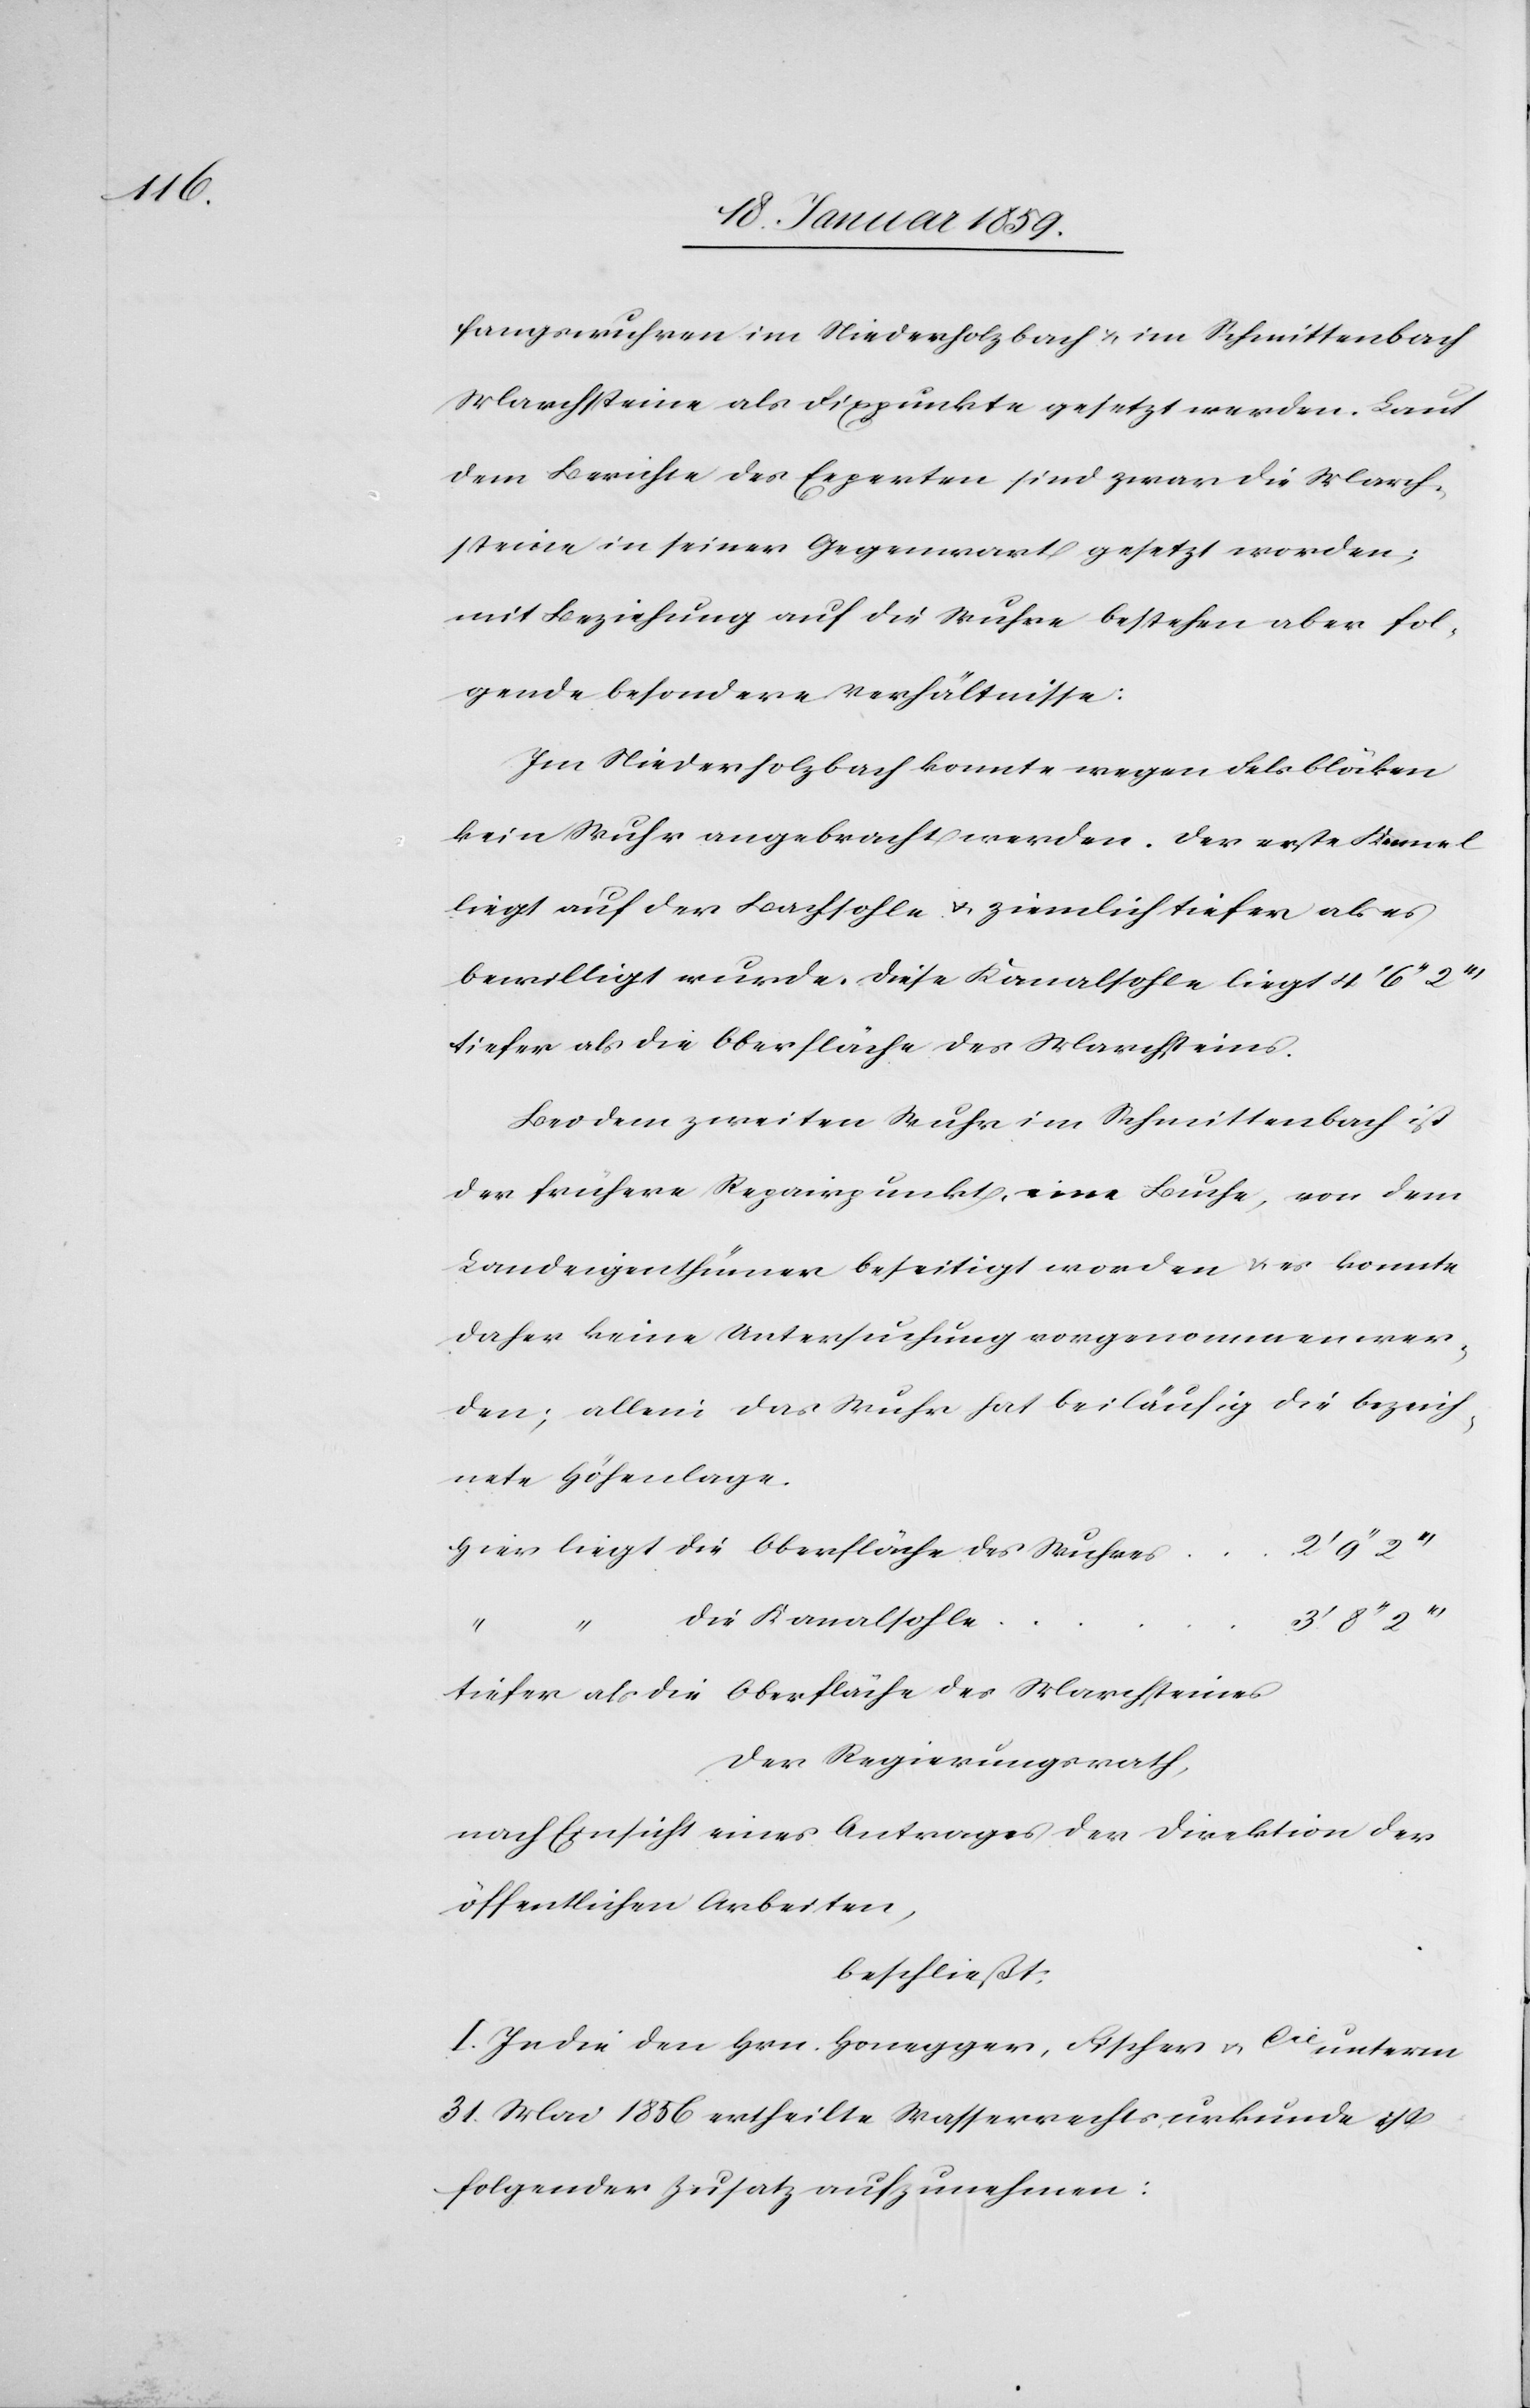
fangswuhren im Niederholzbach u. im Schmittenbach
Marchsteine als Fixpunkte gesetzt werden. Laut
dem Berichte des Experten sind zwar die March¬
steine in seiner Gegenwart gesetzt worden;
mit Beziehung auf die Wuhre bestehen aber fol¬
gende besondere Verhältnisse:
Im Niederholzbach konnte wegen Felsblöcken
kein Wuhr angebracht werden. Der erste Kennel
liegt auf der Bachsohle u. ziemlich tiefer als es
bewilligt wurde. Diese Kanalsohle liegt 4' 6'
tiefer als die Oberfläche des Marchsteins.
Bei dem zweiten Wuhr im Schmittenbach ist
der frühere Repairpunkt, eine Buche, von dem
Landeigenthümer beseitigt worden & es konnte
daher keine Untersuchung vorgenommen wer¬
den; allein das Wuhr hat beiläufig die bezeich¬
nete Höhenlage.
die Kanalsohle
Wuhres
3'
tiefer als die Oberfläche des Marchsteines
Der Regierungsrath,
nach Einsicht eines Antrages der Direktion der
öffentlichen Arbeiten,
beschließt:
I. In die den Hrn. Honegger, Fischer u. Cie unterm
31. Mai 1856 ertheilte Wasserrechtsurkunde ist
folgender Zusatz aufzunehmen: